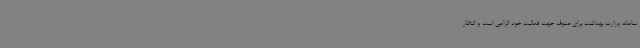
سامانه وزارت بهداشت برای صنوف جهت فعالیت خود الزامی است و انتظار